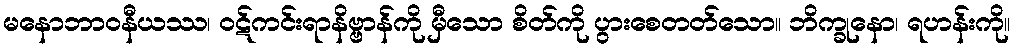
မနောဘာဝနီယဿ၊ ဝဋ်ကင်းရာနိဗ္ဗာန်ကို မှီသော စိတ်ကို ပွားစေတတ်သော။ ဘိက္ခုနော၊ ရဟန်းကို။